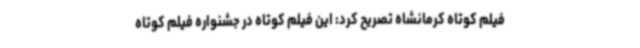
فیلم کوتاه کرمانشاه تصریح کرد: این فیلم کوتاه در جشنواره فیلم کوتاه